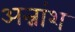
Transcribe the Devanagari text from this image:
अन्नांश